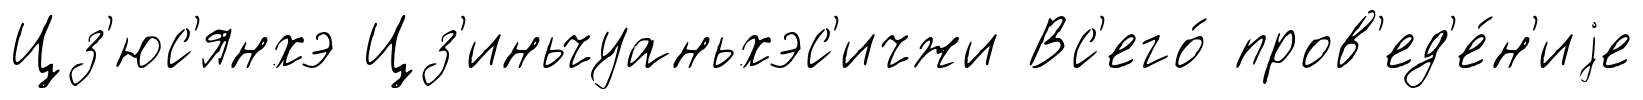
Цз'юс'янхэ Цз'иньчуаньхэс'ичжи Вс'его́ пров'ед'е́н'иjе